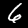
Digit: 6